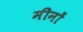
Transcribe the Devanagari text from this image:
मीनों